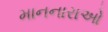
માનનારાઓ